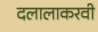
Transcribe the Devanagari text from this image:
दलालाकरवी